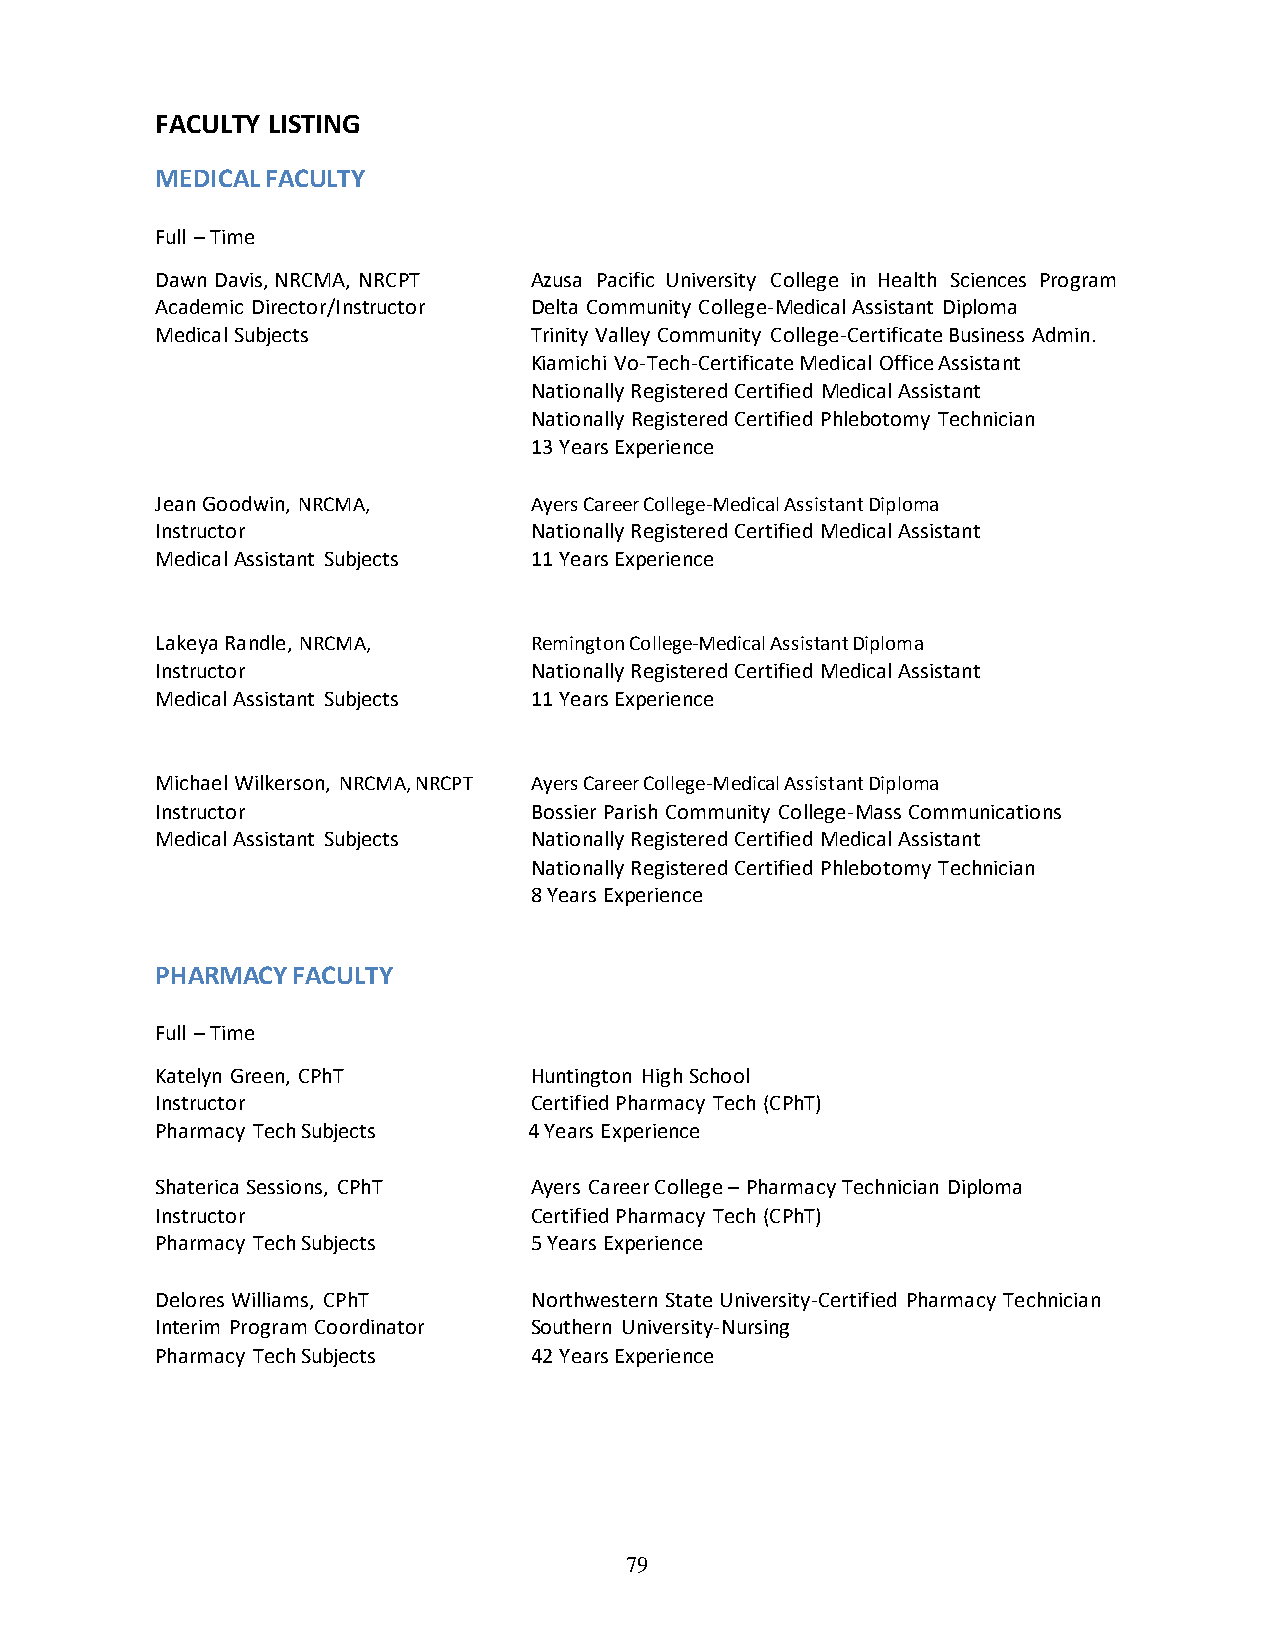
FACULTY LISTING
 MEDICAL FACULTY
 Full – Time
 Dawn Davis, NRCMA, NRCPT Azusa Pacific University College in Health Sciences Program
 Academic Director/Instructor Delta Community College-Medical Assistant Diploma
 Medical Subjects         Trinity Valley Community College-Certificate Business Admin.
 Kiamichi Vo-Tech-Certificate Medical Office Assistant
 Nationally Registered Certified Medical Assistant
 Nationally Registered Certified Phlebotomy Technician
 13 Years Experience
 Jean Goodwin, NRCMA,     Ayers Career College-Medical Assistant Diploma
 Instructor               Nationally Registered Certified Medical Assistant
 Medical Assistant Subjects 11 Years Experience
 Lakeya Randle, NRCMA,    Remington College-Medical Assistant Diploma
 Instructor               Nationally Registered Certified Medical Assistant
 Medical Assistant Subjects 11 Years Experience
 Michael Wilkerson, NRCMA, NRCPT Ayers Career College-Medical Assistant Diploma
 Instructor               Bossier Parish Community College-Mass Communications
 Medical Assistant Subjects Nationally Registered Certified Medical Assistant
 Nationally Registered Certified Phlebotomy Technician
 8 Years Experience
 PHARMACY FACULTY
 Full – Time
 Katelyn Green, CPhT      Huntington High School
 Instructor               Certified Pharmacy Tech (CPhT)
 Pharmacy Tech Subjects   4 Years Experience
 Shaterica Sessions, CPhT Ayers Career College – Pharmacy Technician Diploma
 Instructor               Certified Pharmacy Tech (CPhT)
 Pharmacy Tech Subjects   5 Years Experience
 Delores Williams, CPhT   Northwestern State University-Certified Pharmacy Technician
 Interim Program Coordinator Southern University-Nursing
 Pharmacy Tech Subjects   42 Years Experience
 79